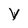
Character: V